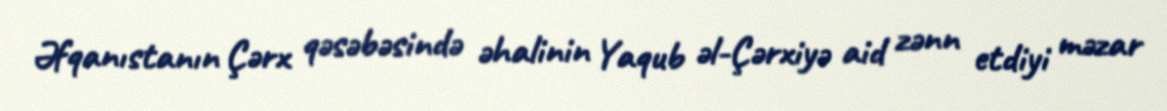
Əfqanıstanın Çərx qəsəbəsində əhalinin Yaqub əl-Çərxiyə aid zənn etdiyi məzar